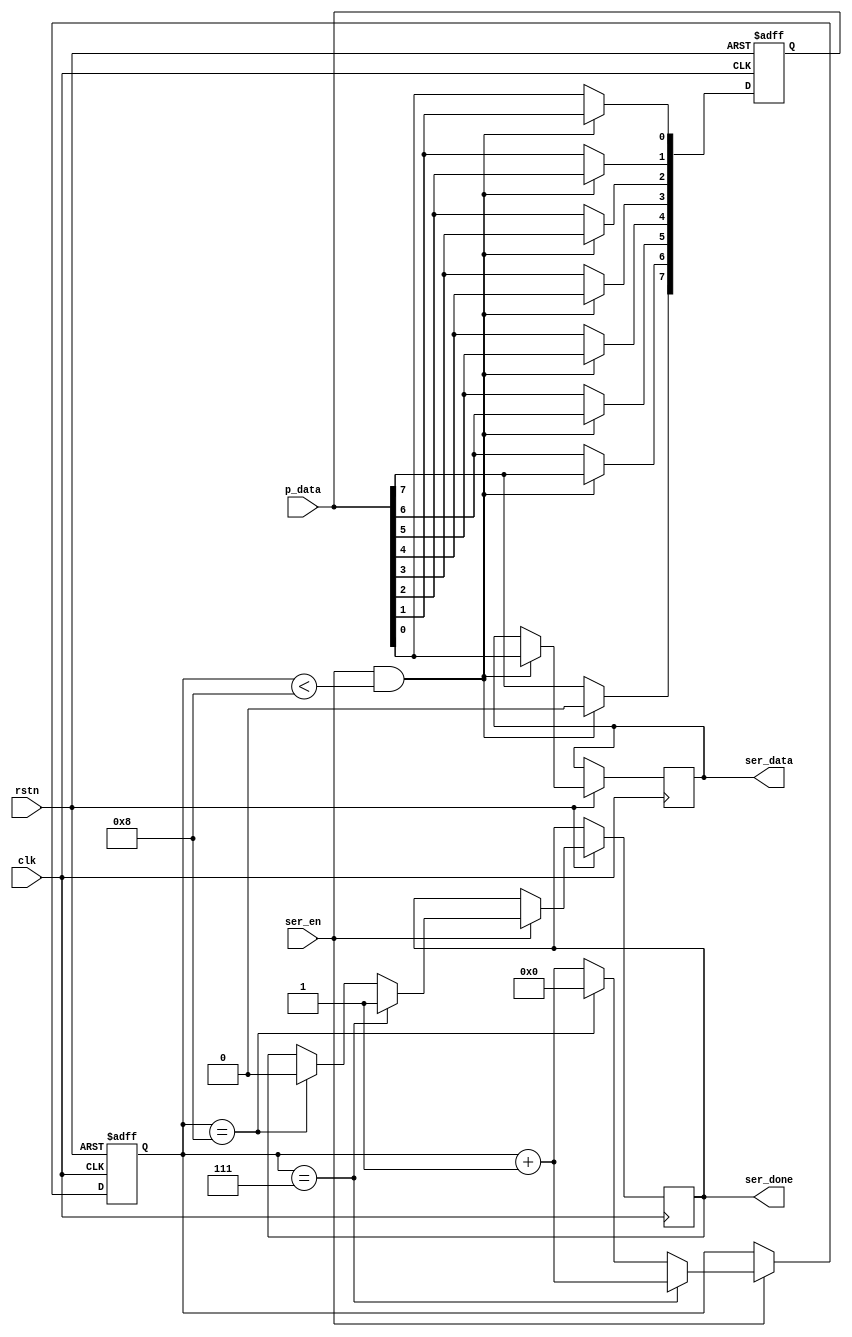
module serializer #(parameter data_size = 4'd8)
(
  input clk,rstn,
  input ser_en,
  input [data_size-1:0] p_data,
  output reg ser_done,
  output reg ser_data
);

reg [data_size-1 : 0] data_stored;

/** set counter to know when serializer finish **/
reg [3:0] cnt;

/** put parallel data in a register **/
always@(*)begin
     data_stored[0] = p_data[0];
     data_stored[1] = p_data[1];
     data_stored[2] = p_data[2];
     data_stored[3] = p_data[3];
     data_stored[4] = p_data[4];
     data_stored[5] = p_data[5];
     data_stored[6] = p_data[6];
     data_stored[7] = p_data[7];
end

always@(posedge clk or negedge rstn)begin
  if(!rstn)
    data_stored = 0;
  else if(ser_en == 1'b1 && cnt < 4'd8) begin
    ser_data <= data_stored[0];
    data_stored[0] <= data_stored [1] ;
    data_stored[1] <= data_stored [2] ;
    data_stored[2] <= data_stored [3] ;
    data_stored[3] <= data_stored [4] ;
    data_stored[4] <= data_stored [5] ;
    data_stored[5] <= data_stored [6] ;
    data_stored[6] <= data_stored [7] ;
    data_stored[7] <= 1'b0;
end
end

/** counter increment **/
always @(posedge clk or negedge rstn)begin
  if(!rstn)
    cnt <= 4'd0;
  else if(ser_en)begin
    cnt <= cnt + 4'd1;
    if(cnt == 4'd7)
      ser_done <= 1'b1;  
    else if(cnt == 4'd8)begin
      cnt <= 4'd0;
      ser_done <= 1'b0;
      end
  end
      
end
endmodule